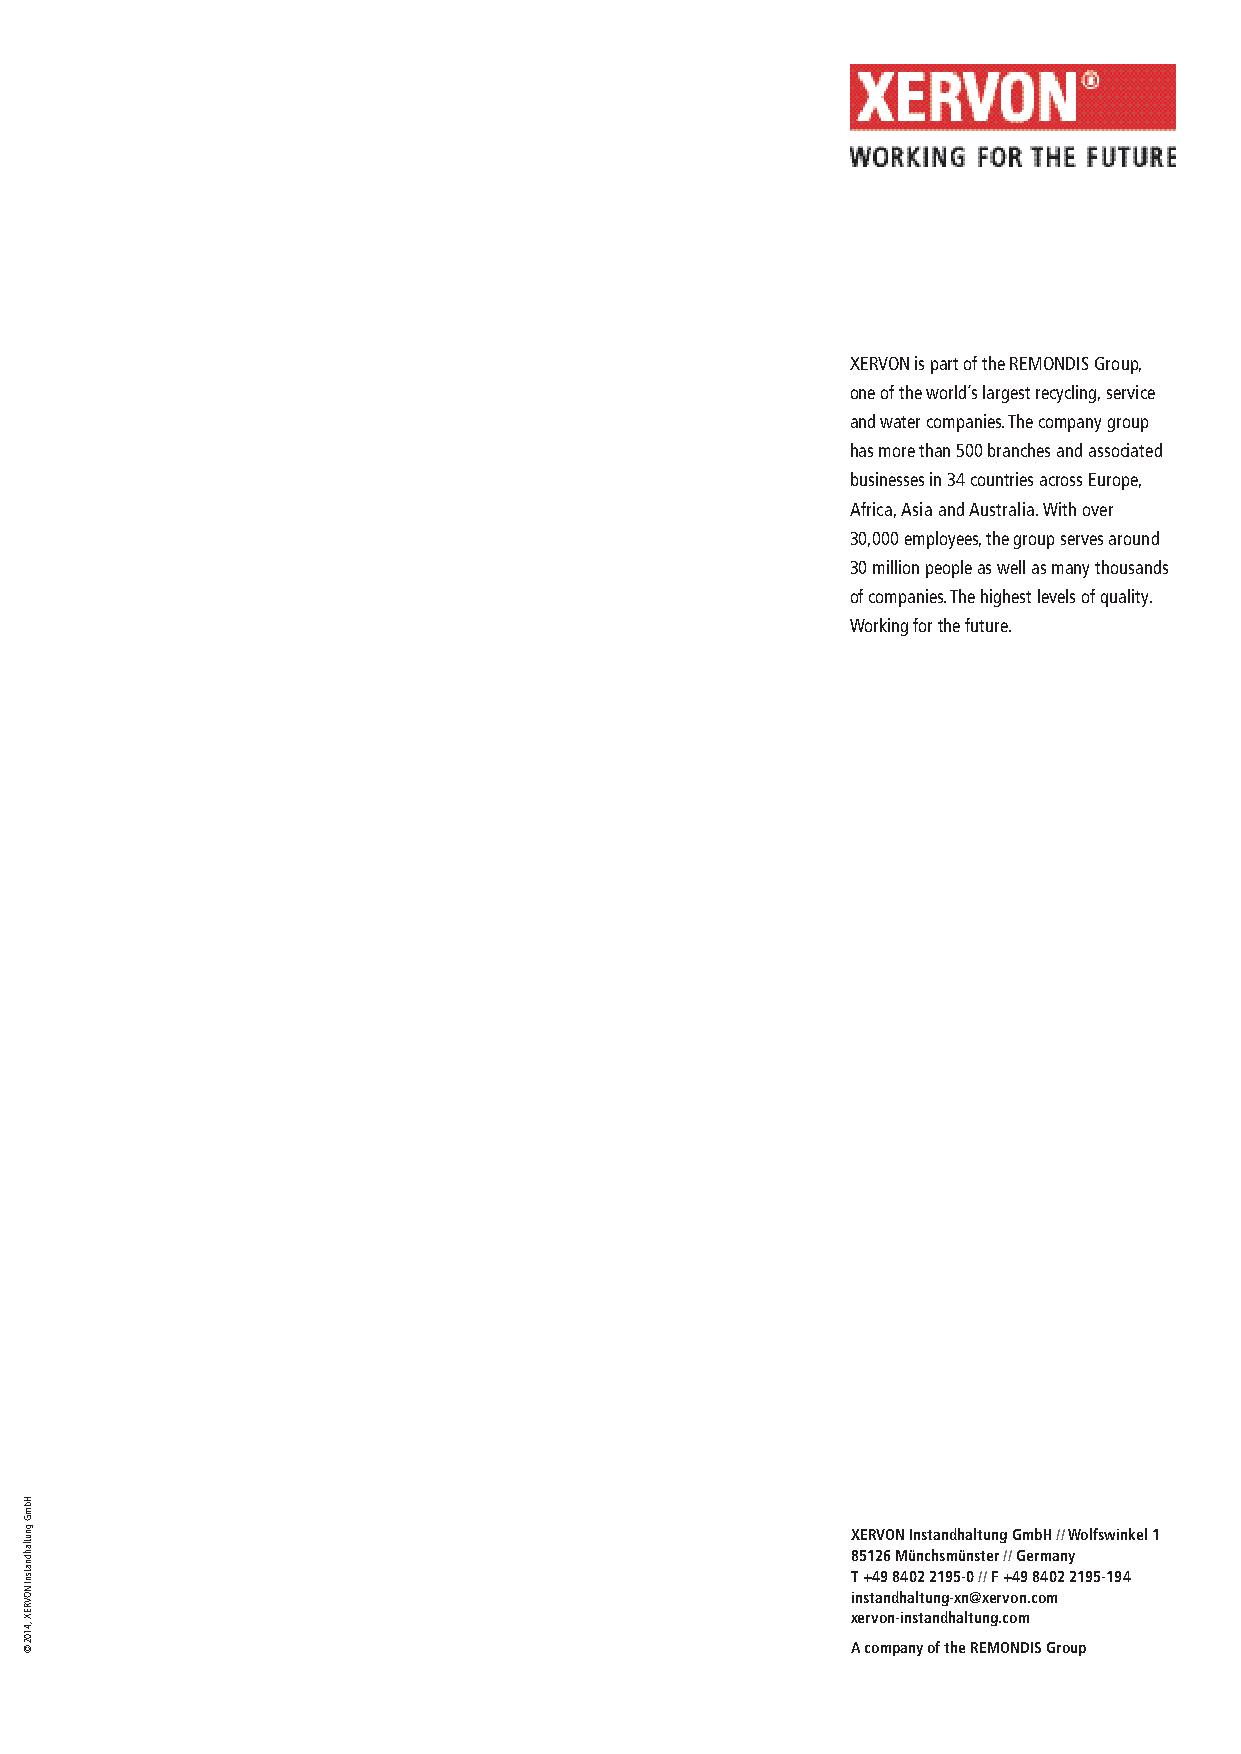
XERVON is part of the REMONDIS Group,
 one of the world´s largest recycling, service
 and water companies. The company group
 has more than 500 branches and asso ciated
 businesses in 34 countries across Europe,
 Africa, Asia and Australia. With over
 30,000 employees, the group serves around
 30 million people as well as many thousands
 of companies. The highest levels of quality.
 Working for the future.
 XERVON Instandhaltung GmbH // Wolfswinkel 1
 85126 Münchsmünster // Germany
 T +49 8402 2195-0 // F +49 8402 2195-194
 instandhaltung-xn@xervon.com
 xervon-instandhaltung.com
 A company of the REMONDIS Group
 HbmG
 gnutlahdnatsnI
 NOVREX
 ,4102
 ©